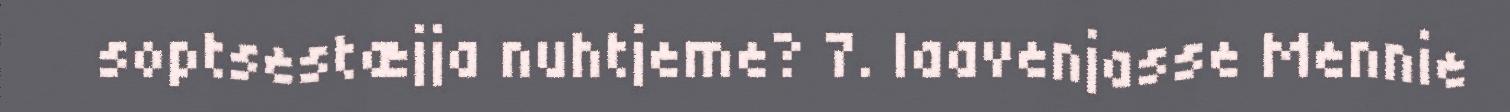
soptsestæjja nuhtjeme? 7. laavenjasse Mennie